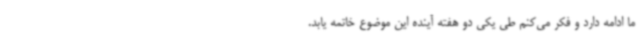
ما ادامه دارد و فکر می‌کنم طی یکی دو هفته آینده این موضوع خاتمه یابد.